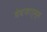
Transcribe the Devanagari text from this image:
वेबफार्म्स